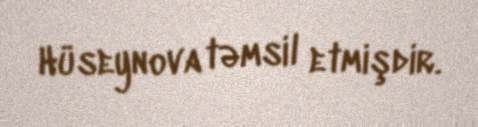
Hüseynova təmsil etmişdir.